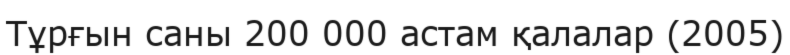
Тұрғын саны 200 000 астам қалалар (2005)